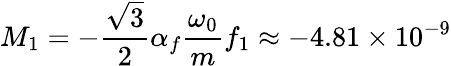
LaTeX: M_{1}=-\frac{\sqrt{3}}{2}\alpha_{f}\frac{\omega_{0}}{m}f_{1}\approx-4.81\times 10^{-9}